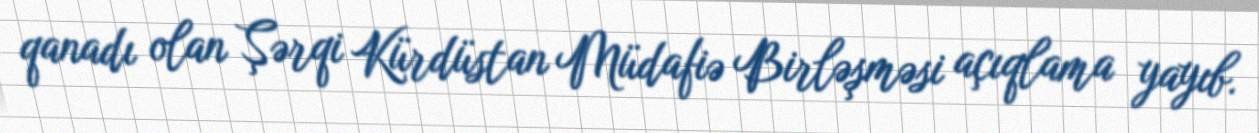
qanadı olan Şərqi Kürdüstan Müdafiə Birləşməsi açıqlama yayıb.